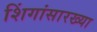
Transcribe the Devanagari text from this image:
शिंगांसारख्या